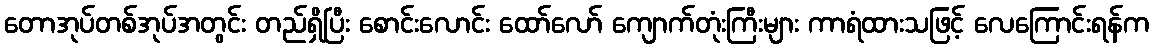
တောအုပ်တစ်အုပ်အတွင်း တည်ရှိပြီး စောင်းလောင်း ထော်လော် ကျောက်တုံးကြီးများ ကာရံထားသဖြင့် လေကြောင်းရန်က